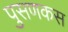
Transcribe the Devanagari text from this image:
पुसणकस